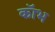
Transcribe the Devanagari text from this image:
कॉभ